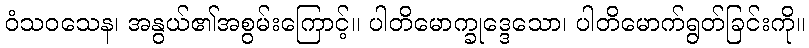
ဝံသဝသေန၊ အနွယ်၏အစွမ်းကြောင့်။ ပါတိမောက္ခုဒ္ဒေသော၊ ပါတိမောက်ရွတ်ခြင်းကို။